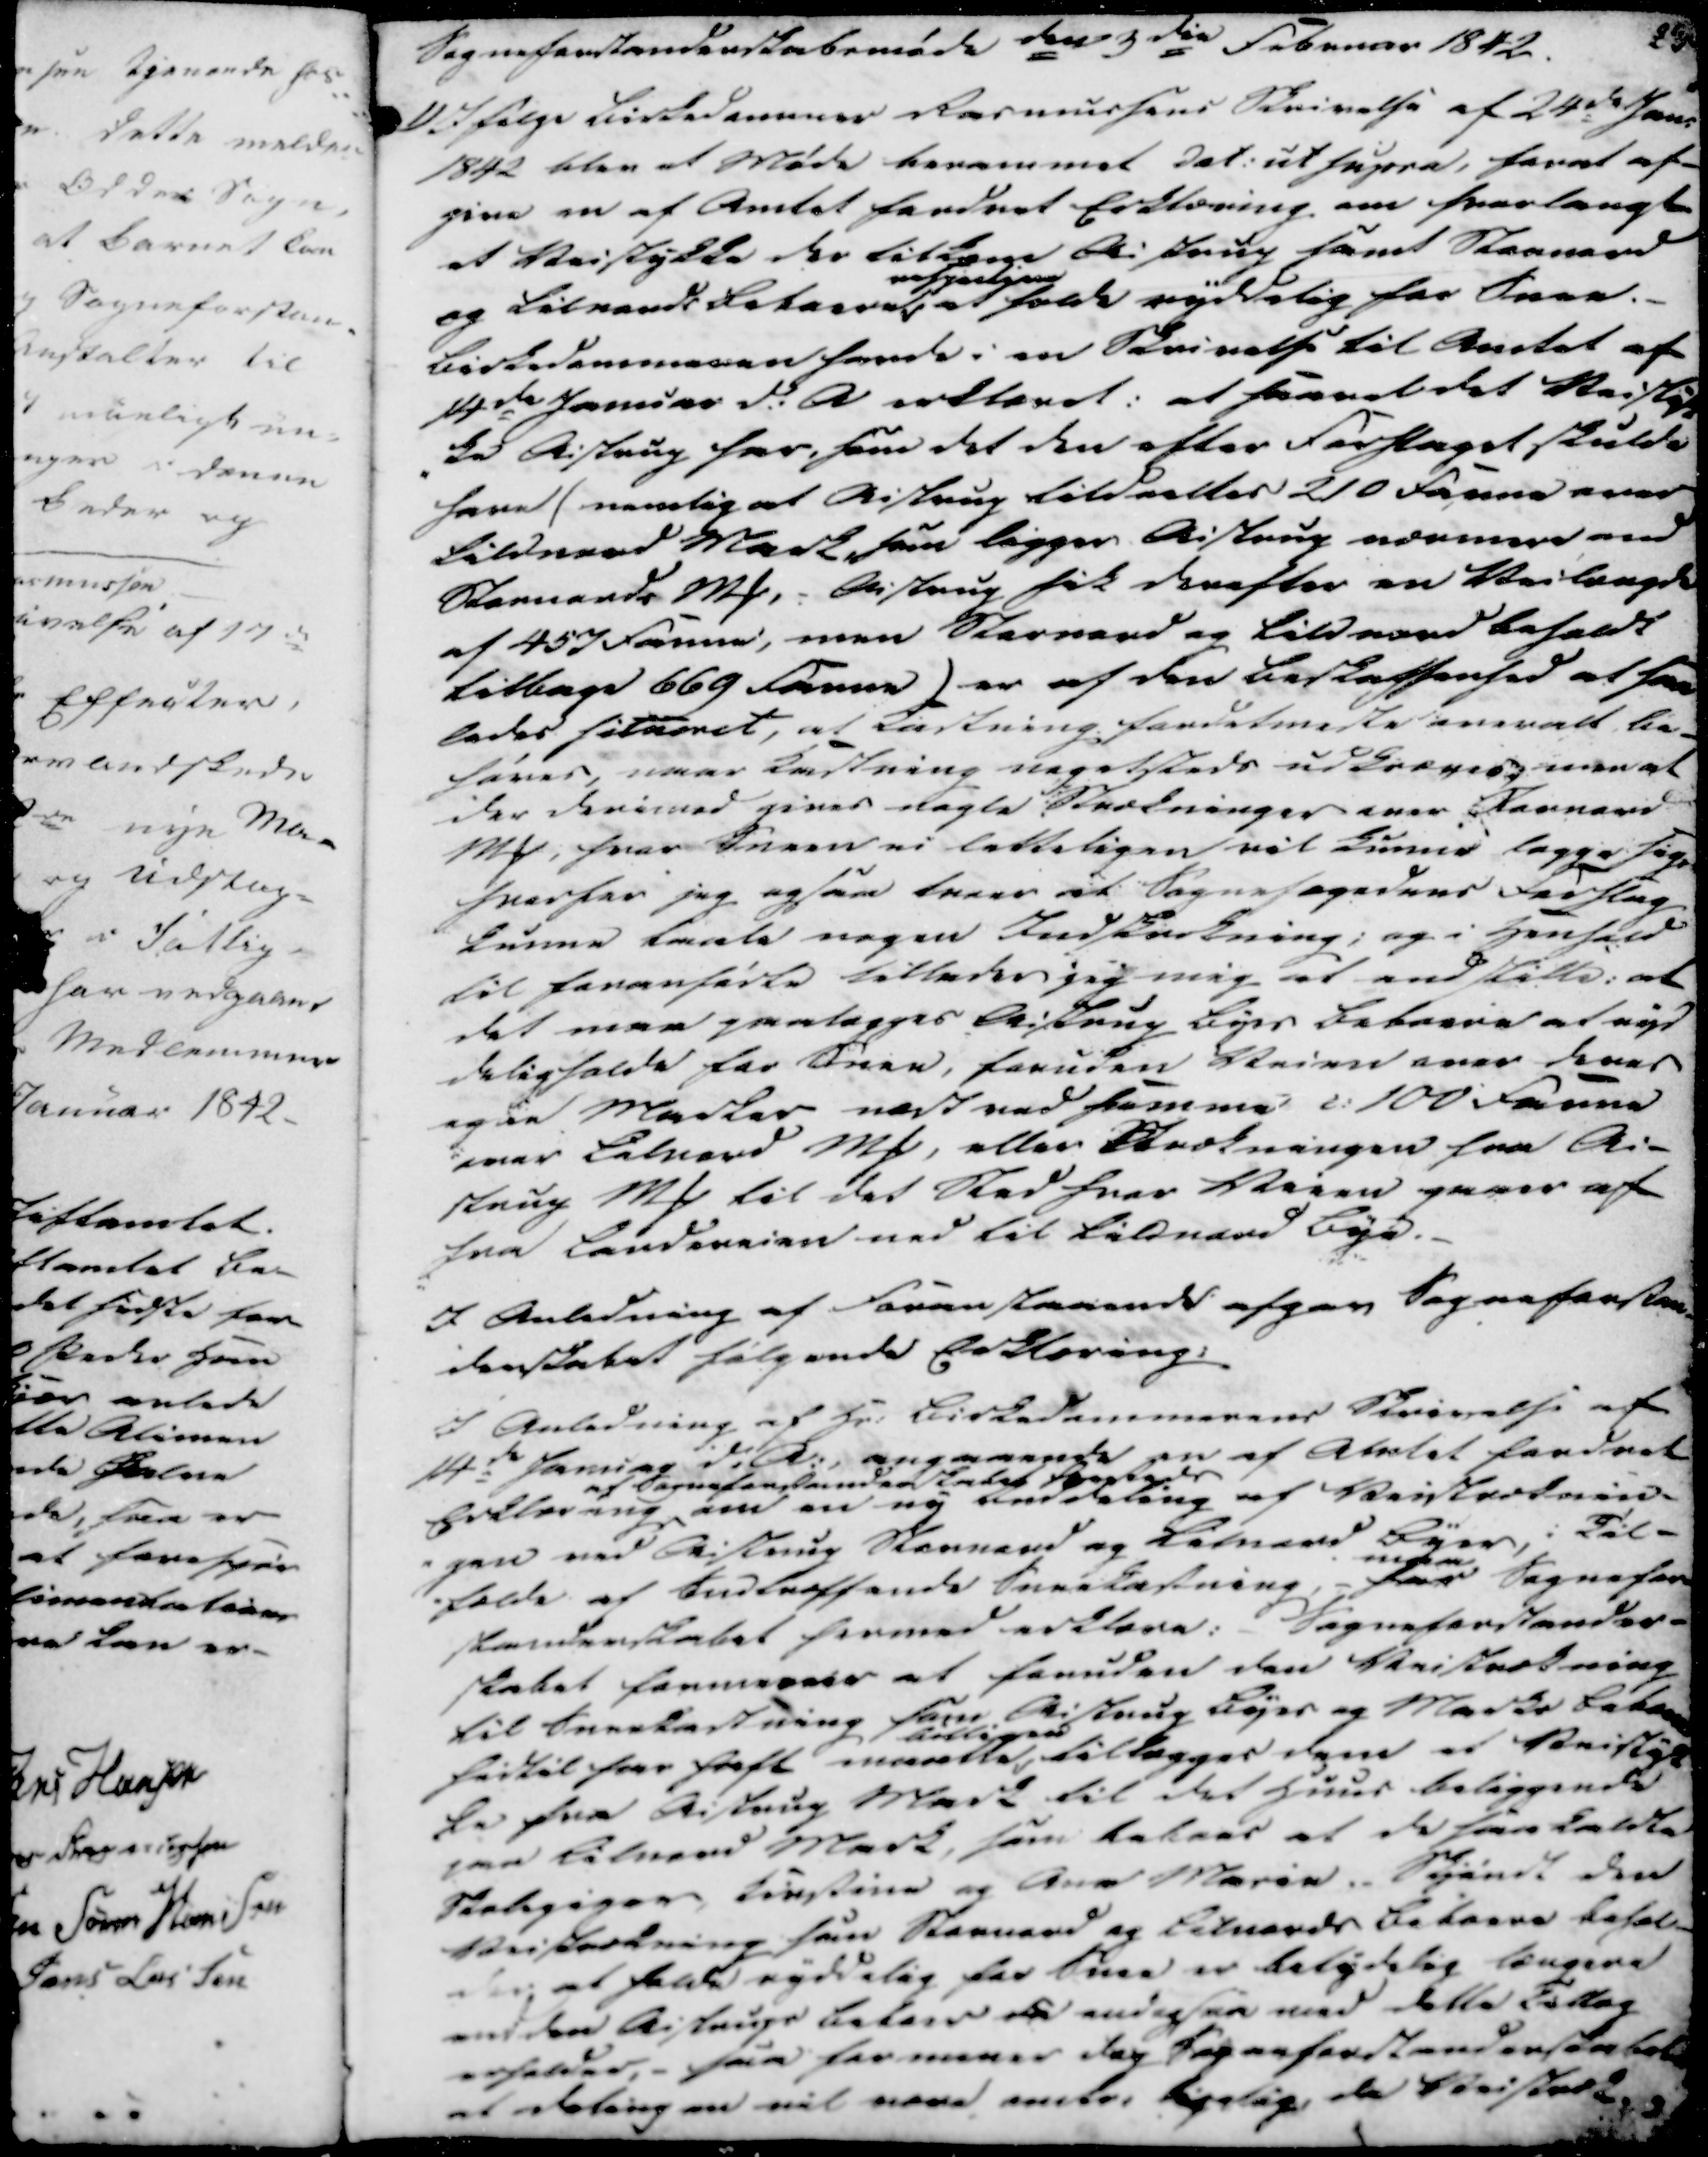
Transskription:
Sogneforstanderskabsmøde den 3die Februar 1842.

1)

Ifølge kirkedommer Rasmussens Skrivelse af 24de Jan.
1842 blev et Møde berammet Dat: ut supra, forat af-
give en af Amtet fordret Erklæring om hvor langt
et Veistykke der tilkom Aistrup samt Stornord
og tilrende bekaare erspørliger at faak ryddelig for Svar.-
Kirkedommeren havde i en Skrivelse til Amtet af
14de Januar d: A erklæret: at saavel det Veistyk-
ke Aistrup har, som det den efter Forslaget skulde
have (nemlig at Aistrup tildeelter 210 Faune over
tildraad Mark, som ligger Aistrup nærmere end
Stornords MP, Aistrup fik derefter en Veilængde
af 457 Faune, men Storenord og Lildnord beholdt
tilbage 669 Faune) er af den beskaffenhed at saa
ledes hiturret, at Ladtning fordetmeste enevalt be-
høver, naar Kastning nogetsteds uddræres men at
ikr derimed gives sagte Strækninger over Storenord
MP, hvor Sneen vi letteligen vil kunne legge sig,
hvorfor jeg ogsaa troer at Sognefogedens Forslag
kunne taale nogen Indskrækning; og i Henhold
til henanførte tillader jeg mig at endstille: at
det maa paalægges Aistrup Byes Bekreve at ryd
deligholde for Svar, foruden Veien over kaas
og en Marker næst ved sommer c: 100 Faune
over Lilnord MP, eller Strækningen fra Ai-
strup MP til det Sted hvor Veien gaaer af
fra Landevejen ned til Lildnord Bye.-

I Anledning af Foranstaaende afgav Sogneforstan-
derskabet følgende Erklæring:

I Anledning af Hr: Birkedommerens Skrivelse af
14de Januar d: A: angaaende en af Amtet fordret
Erklæring af Sogneforstanderskabet bereteds om en ny Anddeling af Veistræknin-
gen ved Aistrup Stornord og Lilnord Byer, i Til-
fælde af Indtræffende Sneekastning, - saa maa Sognefor-
standerskabet hermed erklære: Sogneforstander-
skabet formener at foruden den Veistrækning
til Sneekastning som Aistrup byes og Marks bek.....
hvilket har haft marette birkkinen tillægger dem et Veistyk
ke fra Aistrup Mark til det Huus beliggende
paa Lilnord Mark, som kekeer at de saakaldte
Stelpiger, Kirstine og Ane Marie. Skjøndt den
Veistrækning som Stornord og Lilnords bekreve behol-
der at holde ryddelig for Snee er betydelig længere
end den Aistrups betas der endogsaa ved dette Estlag
erholded, - saa her mener der Sogneforstanderskabet
at delingen vil være mete, kyelig, de Veistræk-